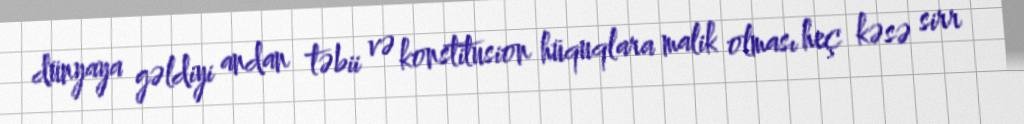
dünyaya gəldiyi andan təbii və konstitusion hüquqlara malik olması heç kəsə sirr